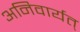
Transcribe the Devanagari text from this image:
अनिवार्यत्